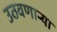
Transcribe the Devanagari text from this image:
उठवणाऱ्या